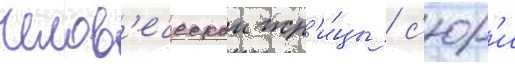
челов'еческои жр'и́цы / с'юр'и